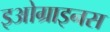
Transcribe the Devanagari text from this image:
इओग्राइनस